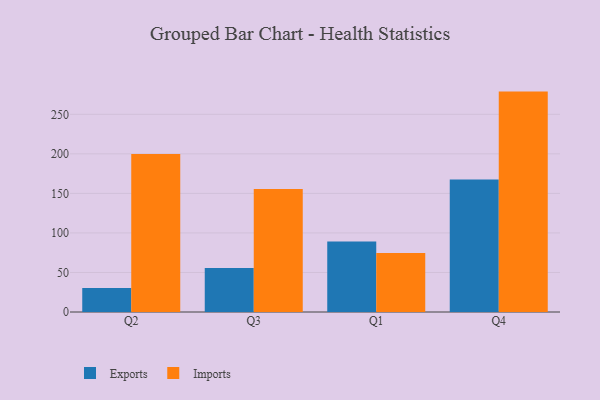
{"axis": {"x": "Quarter", "y": "Energy Usage (MWh)"}, "legend": ["Exports", "Imports"], "data": [{"x": "Q2", "y": 30.2, "type": "Exports"}, {"x": "Q2", "y": 199.9, "type": "Imports"}, {"x": "Q3", "y": 55.5, "type": "Exports"}, {"x": "Q3", "y": 155.6, "type": "Imports"}, {"x": "Q1", "y": 89.2, "type": "Exports"}, {"x": "Q1", "y": 74.6, "type": "Imports"}, {"x": "Q4", "y": 167.6, "type": "Exports"}, {"x": "Q4", "y": 278.7, "type": "Imports"}]}